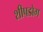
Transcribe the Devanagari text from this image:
शीपडोग